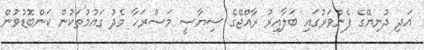
އަދި ދުނިޔޭގެ ފެންވަރުގައި ބަލާއިރު ރާއްޖޭގެ ސިޔާސީ މަސްރަހާ މެދު ގައުމުތަކުން ކަންބޮޑުވުން